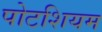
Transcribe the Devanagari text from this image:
पोटशियम